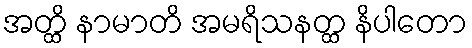
အတ္ထိ နာမာတိ အမရိသနတ္ထ နိပါတော